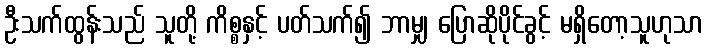
ဦးသက်ထွန်းသည် သူတို့ ကိစ္စနှင့် ပတ်သက်၍ ဘာမျှ ပြောဆိုပိုင်ခွင့် မရှိတော့သူဟုသာ